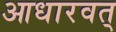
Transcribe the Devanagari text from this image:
आधारवत्